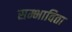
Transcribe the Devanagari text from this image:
सम्भाविता